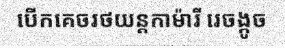
បើកគេចរថយន្តកាម៉ារី រេចង្កូច